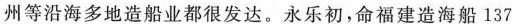
州等沿海多地造船业都很发达。永乐初，命福建造海船137